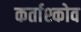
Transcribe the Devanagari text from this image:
कर्ताश्कोव